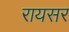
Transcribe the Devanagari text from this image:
रायसर